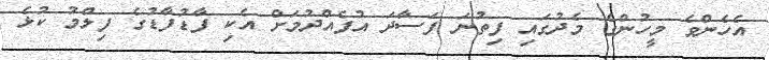
އެހެންވެ މީހުންގެ މެދުގައި ފިތުނަ ފަސާދަ އުފެއްދުމަށް އެކި ފާޑުފާޑުގެ ފިލްމު ކުޅެ